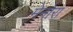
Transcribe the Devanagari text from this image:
मेनोरा